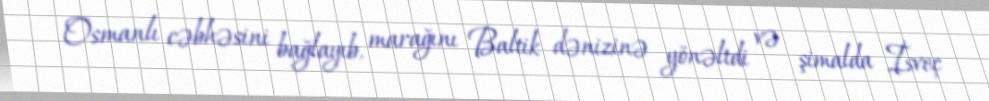
Osmanlı cəbhəsini bağlayıb, marağını Baltik dənizinə yönəltdi və şimalda İsveç